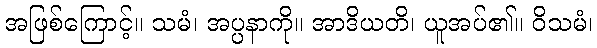
အဖြစ်ကြောင့်။ သမံ၊ အပ္ပနာကို။ အာဒိယတိ၊ ယူအပ်၏။ ဝိသမံ၊